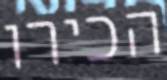
הכירו